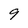
Character: 9